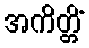
အကိတ္တိံ